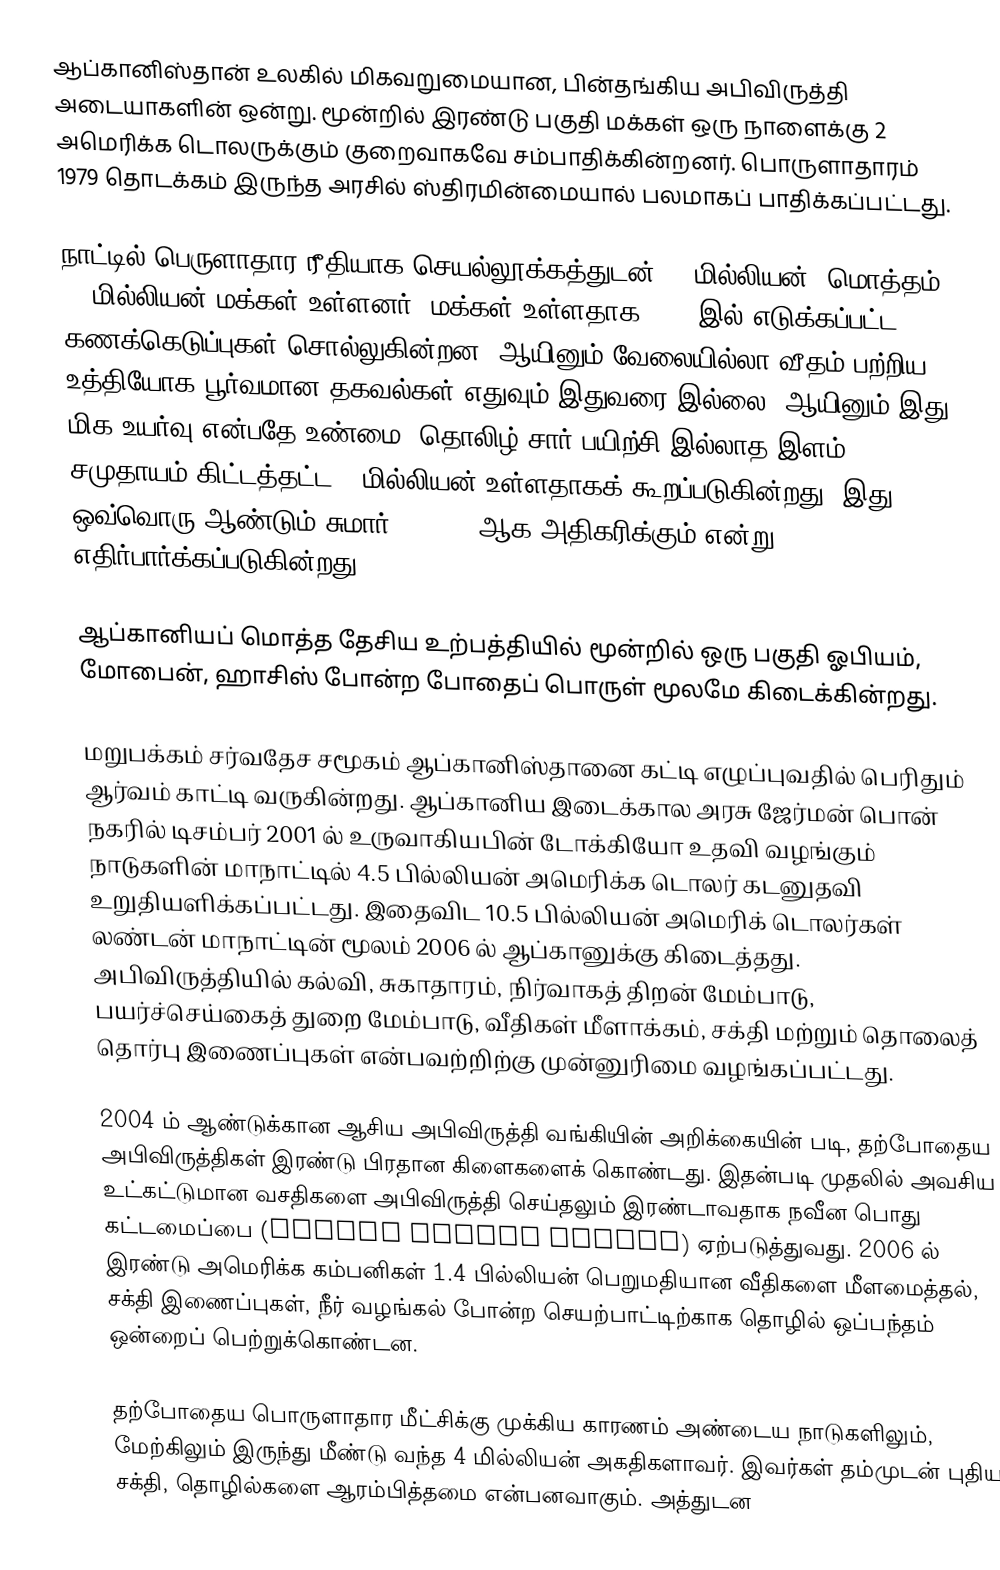
ஆப்கானிஸ்தான் உலகில் மிகவறுமையான, பின்தங்கிய அபிவிருத்தி அடையாகளின் ஒன்று. மூன்றில் இரண்டு பகுதி மக்கள் ஒரு நாளைக்கு 2 அமெரிக்க டொலருக்கும் குறைவாகவே சம்பாதிக்கின்றனர். பொருளாதாரம் 1979 தொடக்கம் இருந்த அரசில் ஸ்திரமின்மையால் பலமாகப் பாதிக்கப்பட்டது.

நாட்டில் பெருளாதார ரீதியாக செயல்லூக்கத்துடன் 11 மில்லியன் (மொத்தம் 29 மில்லியன் மக்கள் உள்ளனர்) மக்கள் உள்ளதாக 2002 இல் எடுக்கப்பட்ட கணக்கெடுப்புகள் சொல்லுகின்றன. ஆயினும் வேலையில்லா வீதம் பற்றிய உத்தியோக பூர்வமான தகவல்கள் எதுவும் இதுவரை இல்லை, ஆயினும் இது மிக உயர்வு என்பதே உண்மை. தொலிழ் சார் பயிற்சி இல்லாத இளம் சமுதாயம் கிட்டத்தட்ட 3 மில்லியன் உள்ளதாகக் கூறப்படுகின்றது. இது ஒவ்வொரு ஆண்டும் சுமார் 300,000 ஆக அதிகரிக்கும் என்று எதிர்பார்க்கப்படுகின்றது.

ஆப்கானியப் மொத்த தேசிய உற்பத்தியில் மூன்றில் ஒரு பகுதி ஓபியம், மோபைன், ஹாசிஸ் போன்ற போதைப் பொருள் மூலமே கிடைக்கின்றது.

மறுபக்கம் சர்வதேச சமூகம் ஆப்கானிஸ்தானை கட்டி எழுப்புவதில் பெரிதும் ஆர்வம் காட்டி வருகின்றது. ஆப்கானிய இடைக்கால அரசு ஜேர்மன் பொன் நகரில் டிசம்பர் 2001 ல் உருவாகியபின் டோக்கியோ உதவி வழங்கும் நாடுகளின் மாநாட்டில் 4.5 பில்லியன் அமெரிக்க டொலர் கடனுதவி உறுதியளிக்கப்பட்டது. இதைவிட 10.5 பில்லியன் அமெரிக் டொலர்கள் லண்டன் மாநாட்டின் மூலம் 2006 ல் ஆப்கானுக்கு கிடைத்தது. அபிவிருத்தியில் கல்வி, சுகாதாரம், நிர்வாகத் திறன் மேம்பாடு, பயர்ச்செய்கைத் துறை மேம்பாடு, வீதிகள் மீளாக்கம், சக்தி மற்றும் தொலைத் தொர்பு இணைப்புகள் என்பவற்றிற்கு முன்னுரிமை வழங்கப்பட்டது.

2004 ம் ஆண்டுக்கான ஆசிய அபிவிருத்தி வங்கியின் அறிக்கையின் படி, தற்போதைய அபிவிருத்திகள் இரண்டு பிரதான கிளைகளைக் கொண்டது. இதன்படி முதலில் அவசிய உட்கட்டுமான வசதிகளை அபிவிருத்தி செய்தலும் இரண்டாவதாக நவீன பொது கட்டமைப்பை (Modern Public Sector) ஏற்படுத்துவது. 2006 ல் இரண்டு அமெரிக்க கம்பனிகள் 1.4 பில்லியன் பெறுமதியான வீதிகளை மீளமைத்தல், சக்தி இணைப்புகள், நீர் வழங்கல் போன்ற செயற்பாட்டிற்காக தொழில் ஒப்பந்தம் ஒன்றைப் பெற்றுக்கொண்டன.

தற்போதைய பொருளாதார மீட்சிக்கு முக்கிய காரணம் அண்டைய நாடுகளிலும், மேற்கிலும் இருந்து மீண்டு வந்த 4 மில்லியன் அகதிகளாவர். இவர்கள் தம்முடன் புதிய சக்தி, தொழில்களை ஆரம்பித்தமை என்பனவாகும். அத்துடன